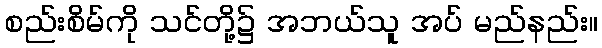
စည်းစိမ်ကို သင်တို့၌ အဘယ်သူ အပ် မည်နည်း။